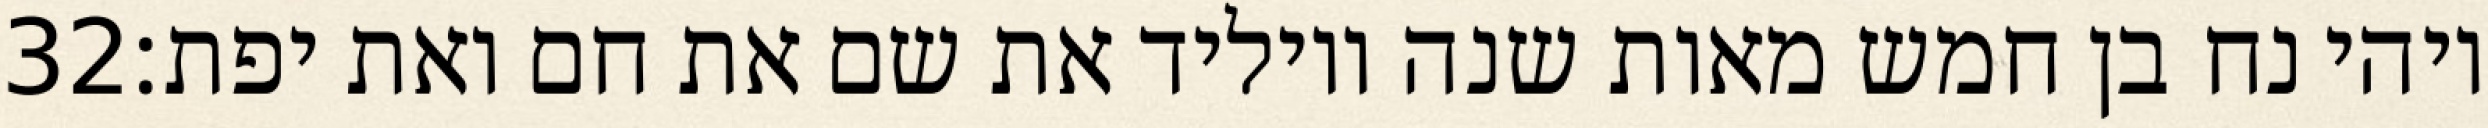
‎32‏ ויהי נח בן חמש מאות שנה ויוליד את שם את חם ואת יפת׃